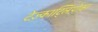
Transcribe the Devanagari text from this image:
टेज़्काट्लिपोका